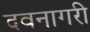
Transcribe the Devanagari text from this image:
दवनागरी